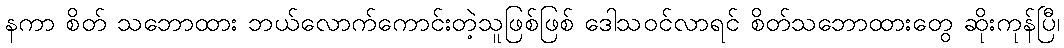
နကာ စိတ် သဘောထား ဘယ်လောက်ကောင်းတဲ့သူဖြစ်ဖြစ် ဒေါသဝင်လာရင် စိတ်သဘောထားတွေ ဆိုးကုန်ပြီ၊